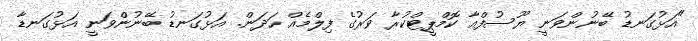
"އަޅުގަނޑު ބޭނުންވަނީ ޔޫސުފްއާ ކޮމްޕީޓްކުރާ ވަރުގެ ފިލްމެއް ހަދަން. އަޅުގަނޑު ބޭނުންވަނީ އަޅުގަނޑާ